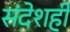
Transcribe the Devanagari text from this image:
संदेशही